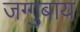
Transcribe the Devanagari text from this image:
जग्गुबाय